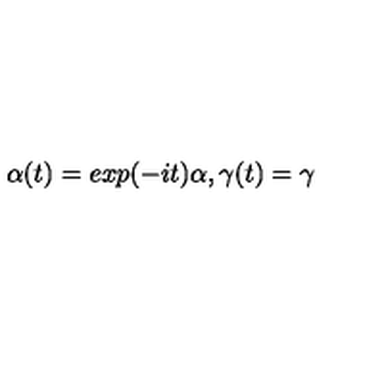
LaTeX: \alpha ( t ) = e x p ( - i t ) \alpha , \gamma ( t ) = \gamma